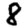
Digit: 8